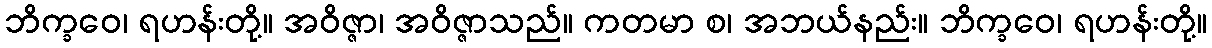
ဘိက္ခဝေ၊ ရဟန်းတို့။ အဝိဇ္ဇာ၊ အဝိဇ္ဇာသည်။ ကတမာ စ၊ အဘယ်နည်း။ ဘိက္ခဝေ၊ ရဟန်းတို့။